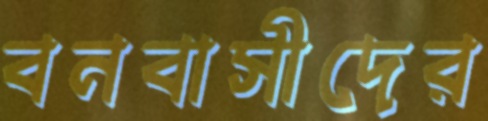
বনবাসীদের